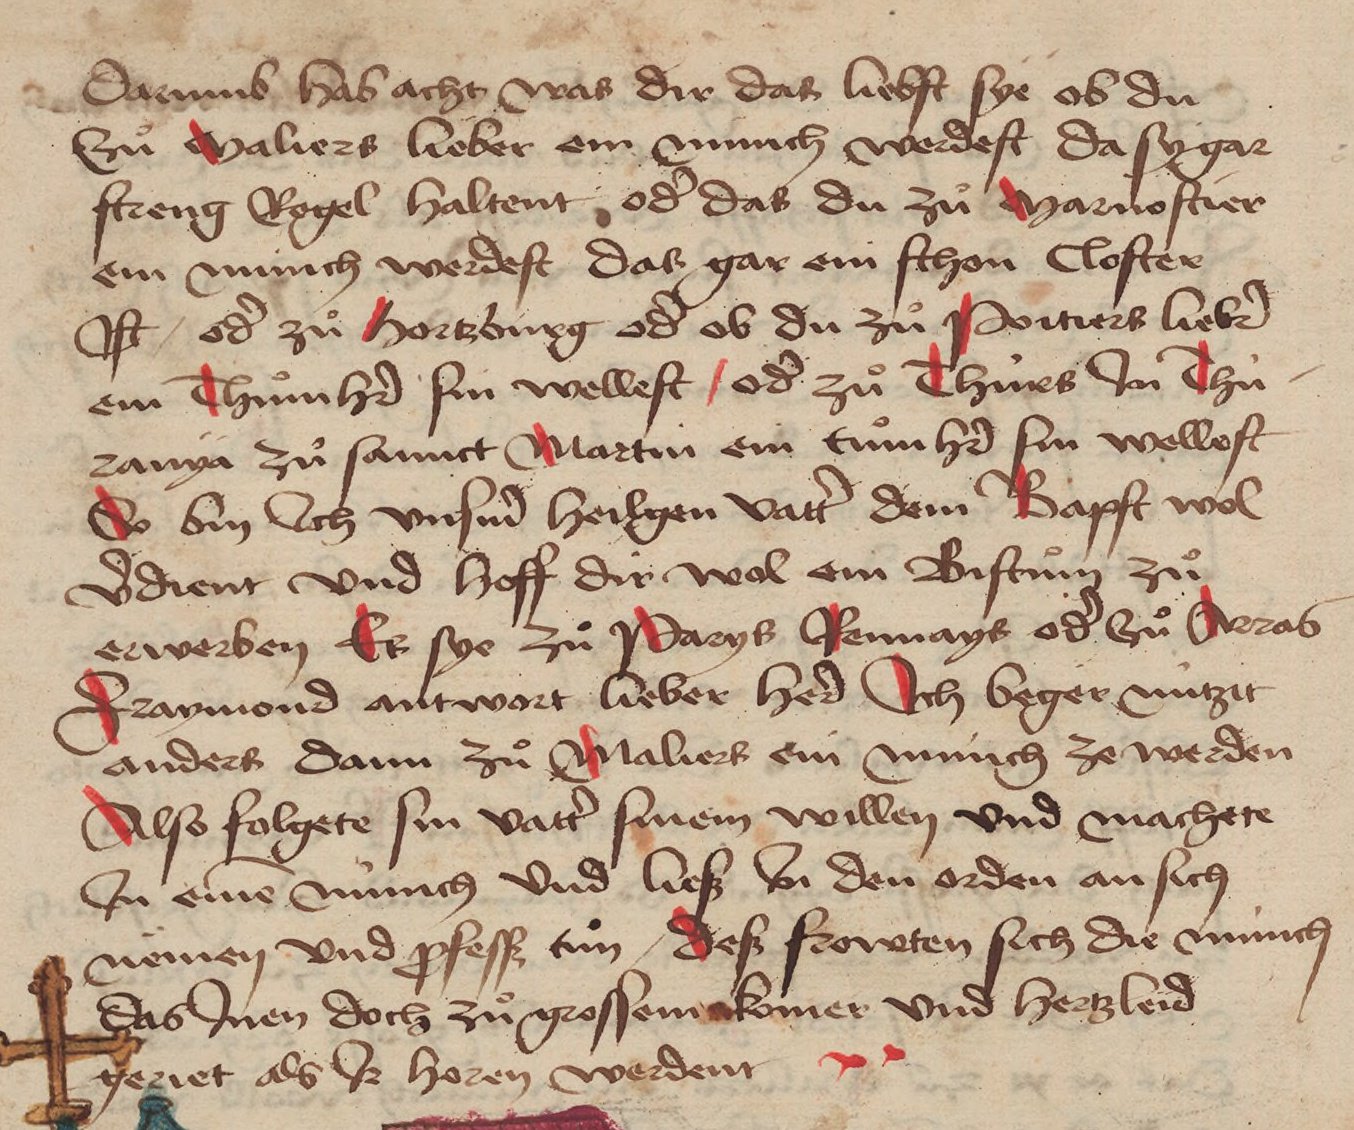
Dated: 1471–1471